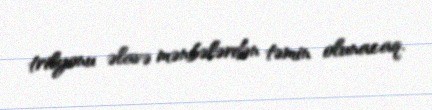
trilyonu əlavə mənbələrdən təmin olunacaq.